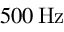
{ 5 0 0 } \, \mathrm { H z }